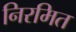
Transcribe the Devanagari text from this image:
निरमित